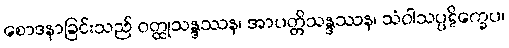
စောဒနာခြင်းသည် ဝတ္ထုသန္ဒဿန၊ အာပတ္တိသန္ဒဿန၊ သံဝါသပ္ပဋိက္ခေပ၊